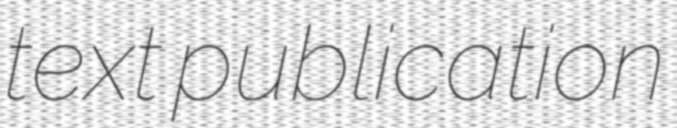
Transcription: text publication